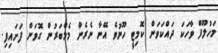
މަހުލޫފް ވާހަކަ ދައްކަވަން ކޮމިޓީ ހޫނުވެ އޭނާ ނެރެން މެމްބަރުން ގޮވަން ފަށައިފި.